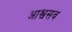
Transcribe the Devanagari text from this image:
आश्वसव